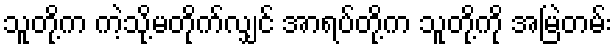
သူတို့က ကဲ့သို့မတိုက်လျှင် အာရပ်တို့က သူတို့ကို အမြဲတမ်း